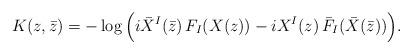
LaTeX: \begin{align*}K(z,\bar z)=-\log\Big(i \bar X^I(\bar z)\,F_I(X(z)) -i X^I(z)\,\bar F_I(\bar X(\bar z))\Big) .\end{align*}